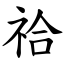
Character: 祫